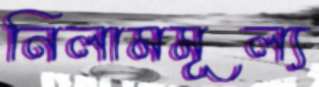
নিলামমূল্য